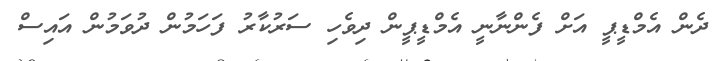
ދެން އެމްޑީޕީ އަށް ފެންނާނީ އެމްޑީޕީން ދިވެހި ސަރުކާރު ފަހަމުން ދުވަމުން އައިސް